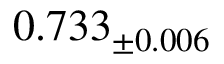
0 . 7 3 3 _ { \pm 0 . 0 0 6 }